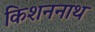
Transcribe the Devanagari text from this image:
किशननाथ